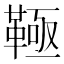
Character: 䩯